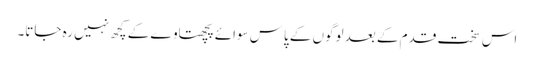
اس سخت قدم کے بعد لوگوں کے پاس سوائے پچھتاوے کے کچھ نہیں رہ جاتا۔